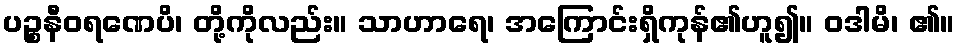
ပဉ္စနီဝရဏေပိ၊ တို့ကိုလည်း။ သာဟာရေ၊ အကြောင်းရှိကုန်၏ဟူ၍။ ဝဒါမိ၊ ၏။